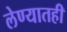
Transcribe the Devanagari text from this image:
लेण्यातही